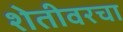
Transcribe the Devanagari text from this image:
शेतीवरचा